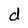
Character: d